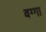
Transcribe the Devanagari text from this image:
वग्गा